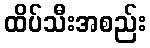
ထိပ်သီးအစည်း